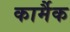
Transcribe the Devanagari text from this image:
कार्मैक